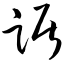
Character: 踞